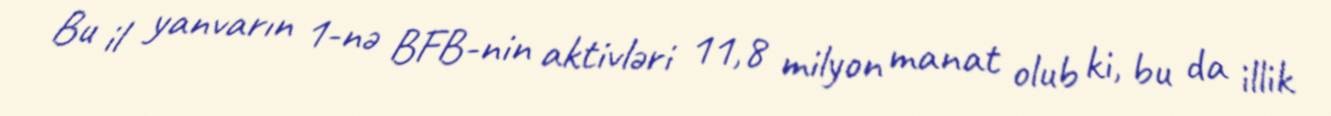
Bu il yanvarın 1-nə BFB-nin aktivləri 11,8 milyon manat olub ki, bu da illik